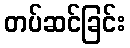
တပ်ဆင်ခြင်း